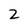
Character: 2